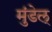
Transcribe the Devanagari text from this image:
मुंडेल्